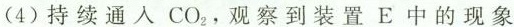
(4)持续通人CO_{2}，观察到装置E中的现象